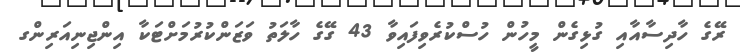
ރޭގެ ހާދިސާއާއި ގުޅިގެން މީހުން ހުސްކުރެވިފައިވާ 43 ގޭގެ ހާލަތު ވަޒަންކުރުމަށްޓަކާ އިންޖިނިއަރިންގ